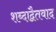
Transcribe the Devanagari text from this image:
शब्दाद्वैतवाद